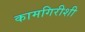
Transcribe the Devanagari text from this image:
कामगिरीशी